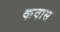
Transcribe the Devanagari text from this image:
कवास